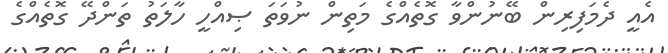
އެއީ ދެމަފިރިން ބޭނުންވާ ގޮތެއްގެ މަތިން ނުވަތަ ޞިއްހީ ހާލަތު ތަންދޭ ގޮތެއްގެ